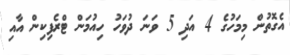
އެގޮތުން މިމަހުގެ 4 އަދި 5 ވަނަ ދުވަހު ހިއުމަން ޓްރެފިކިން އާއި